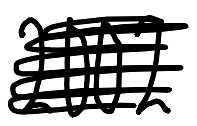
Text: 2002
Cross-out: scratch
Writing tool: digital_black